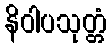
နိဝါပသုတ္တံ